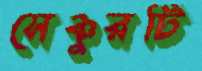
সেঞ্চুরটি